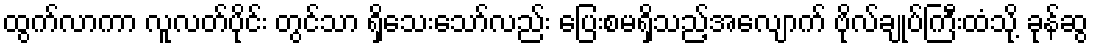
ထွက်လာကာ လူလတ်ပိုင်း တွင်သာ ရှိသေးသော်လည်း ပြေးစမရှိသည့်အလျောက် ဗိုလ်ချုပ်ကြီးထံသို့ ခုန်ဆွ